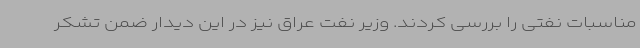
مناسبات نفتی را بررسی کردند. وزیر نفت عراق نیز در این دیدار ضمن تشکر